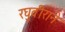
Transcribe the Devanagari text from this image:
रघुवीराने